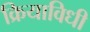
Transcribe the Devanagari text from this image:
क्रियाविधी